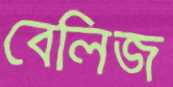
বেলিজ